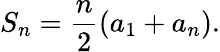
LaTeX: S_{n}={\frac{n}{2}}(a_{1}+a_{n}).